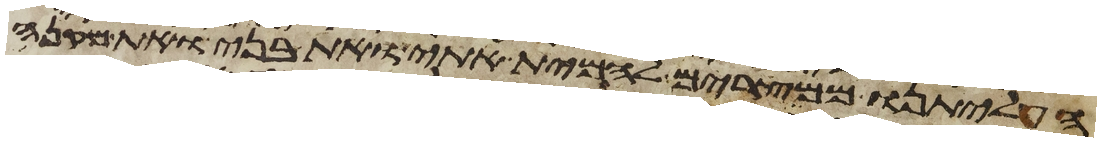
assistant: העליתנו ממצרים להמית אתי ואת בני ואת מקני